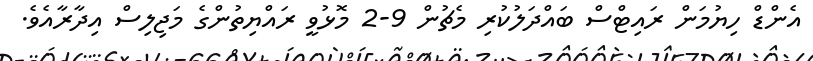
އެންޑް ހިޔުމަން ރައިޓްސް ބައްދަލުކުރި މެޗުން 9-2 މޮޅުވީ ރައްޔިތުންގެ މަޖިލިސް އިދާރާއެވެ.